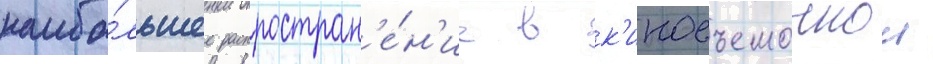
наибо́льшее распростран'е́н'ие в к'иносъемочнои